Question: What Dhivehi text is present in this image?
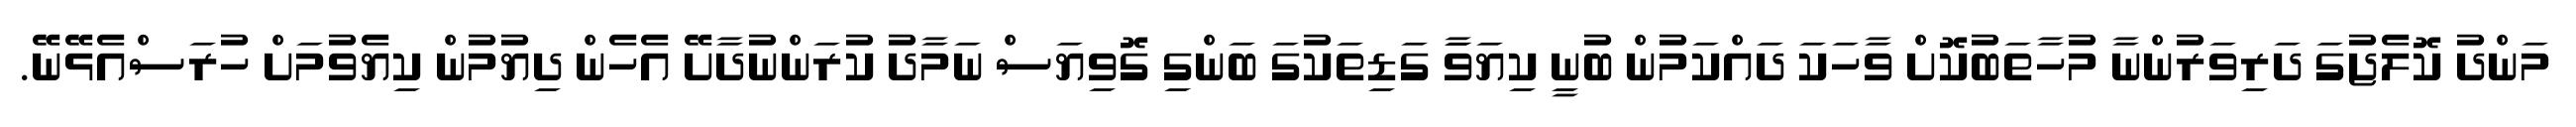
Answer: މަންދު ކޮލެޖުގަ ދަރިވަރުންނާ މުހާތަބުކޮށް ވާހަކަ ދައްކަމުން ބުނީ ކިޔަވަާ ގަޑިތަކުގަ ބަންގި ގޮވިޔަސް ނަމާދު ކުރަންނުދާށޭ އެހެން ދިޔުމުން ކިޔެވުމަށް ހުރަސްއެޅޭނޭ.